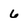
Character: 6